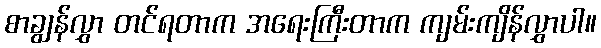
စာချွန်လွှာ တင်ရတာက အရေးကြီးတာက ကျမ်းကျိန်လွှာပါ။